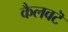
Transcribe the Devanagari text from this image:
कैलवटॆ